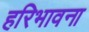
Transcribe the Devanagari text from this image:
हरिभावना